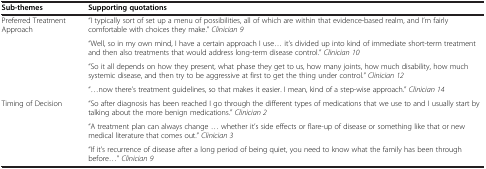
<table><thead><tr><td><b>Sub-themes</b></td><td><b>Supporting quotations</b></td></tr></thead><tbody><tr><td rowspan="4">Preferred Treatment Approach</td><td>“I typically sort of set up a menu of possibilities, all of which are within that evidence-based realm, and I’m fairly comfortable with choices they make.” <i>Clinician 9</i></td></tr><tr><td>“Well, so in my own mind, I have a certain approach I use... it’s divided up into kind of immediate short-term treatment and then also treatments that would address long-term disease control.” <i>Clinician 10</i></td></tr><tr><td>“So it all depends on how they present, what phase they get to us, how many joints, how much disability, how much systemic disease, and then try to be aggressive at first to get the thing under control.” <i>Clinician 12</i></td></tr><tr><td>“...now there’s treatment guidelines, so that makes it easier. I mean, kind of a step-wise approach.” <i>Clinician 14</i></td></tr><tr><td rowspan="2">Timing of Decision</td><td>“So after diagnosis has been reached I go through the different types of medications that we use to and I usually start by talking about the more benign medications.” <i>Clinician 2</i></td></tr><tr><td>“A treatment plan can always change ... whether it’s side effects or flare-up of disease or something like that or new medical literature that comes out.” <i>Clinician 3</i></td></tr><tr><td> </td><td>“If it’s recurrence of disease after a long period of being quiet, you need to know what the family has been through before...” <i>Clinician 9</i></td></tr></tbody></table>